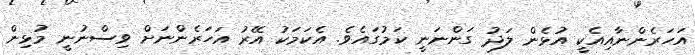
އަހަރެންނާއިއެކީ އުޅެން ލަދު ގަންނަނީ ކަމުގައެވެ. އެކަމަކު އޭރު އަހަރެންނަށް ވިސްނުނީ މުޅިން